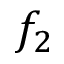
f _ { 2 }